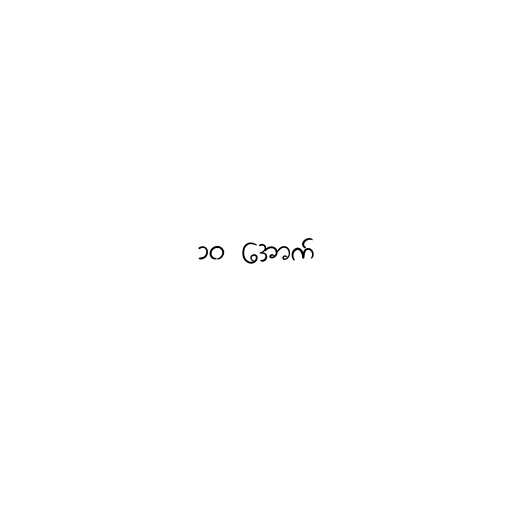
၁၀ အောက်